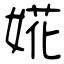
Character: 婲